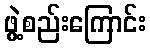
ဖွဲ့စည်းကြောင်း